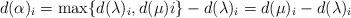
LaTeX: \begin{align*}d(\alpha)_i=\max\{d(\lambda)_i,d(\mu)i\}-d(\lambda)_i=d(\mu)_i-d(\lambda)_i\end{align*}